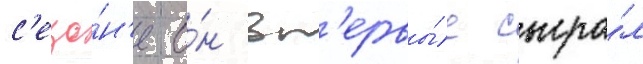
с'езо́н'е о́н вп'ервы́е сыгра́л